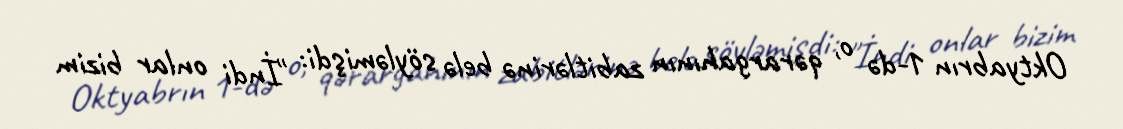
Oktyabrın 1-də o, qərargahının zabitlərinə belə söyləmişdi: "İndi onlar bizim